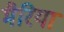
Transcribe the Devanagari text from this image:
मैरिया